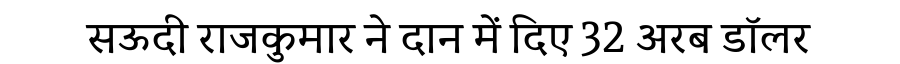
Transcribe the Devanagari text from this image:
सऊदी राजकुमार ने दान में दिए 32 अरब डॉलर